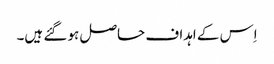
اِس کے اہداف حاصل ہو گئے ہیں۔